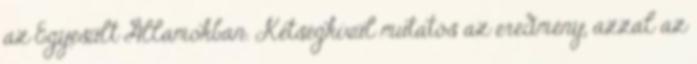
az Egyesült Államokban. Kétségkívül mutatós az eredmény, azzal az